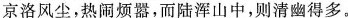
京洛风尘，热闹烦嚣，而陆浑山中，则清幽得多。